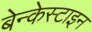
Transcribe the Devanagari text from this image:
बेन्केस्टाइन